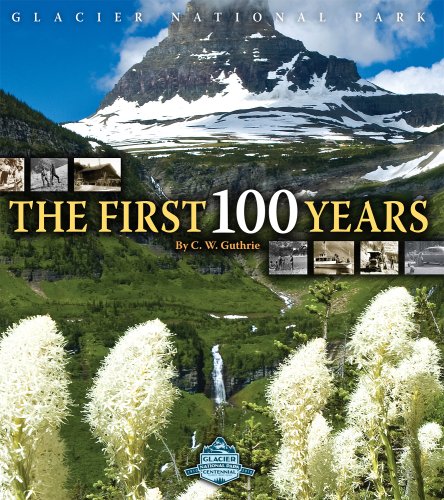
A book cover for Glacier National Park: The First 100 Years; C. W. Guthrie; Travel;